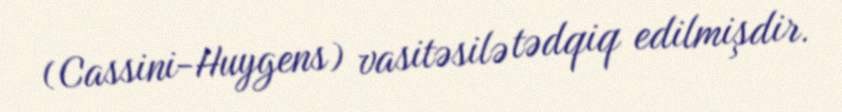
(Cassini-Huygens) vasitəsilə tədqiq edilmişdir.